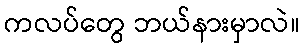
ကလပ်တွေ ဘယ်နားမှာလဲ။